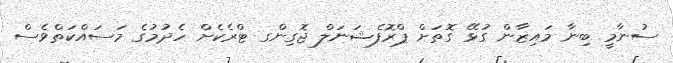
ސުނާމީ ބިނާ މައިޒާން ގުޅޭ ގޮތަށް ޕްރޮފެޝަނަލް ޖޮގިންގ ޓްރެކެށް ހެދުމުގެ މަސައްކަތްވެސް